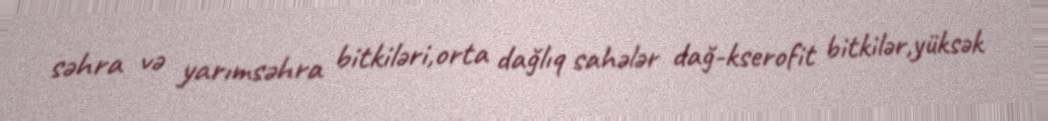
səhra və yarımsəhra bitkiləri,orta dağlıq sahələr dağ-kserofit bitkilər,yüksək